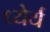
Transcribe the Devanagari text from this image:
ध्येर्य